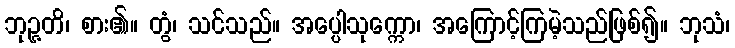
ဘုဉ္ဇတိ၊ စား၏။ တွံ၊ သင်သည်။ အပ္ပေါသုက္ကော၊ အကြောင့်ကြမဲ့သည်ဖြစ်၍။ ဘုသံ၊